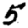
Digit: 5